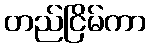
တည်ငြိမ်ကာ